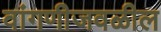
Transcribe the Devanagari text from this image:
वांगणीजवळील